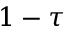
1 - \tau